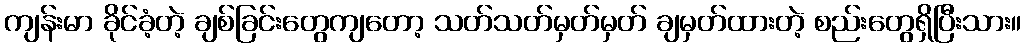
ကျန်းမာ ခိုင်ခံ့တဲ့ ချစ်ခြင်းတွေကျတော့ သတ်သတ်မှတ်မှတ် ချမှတ်ထားတဲ့ စည်းတွေရှိပြီးသား။